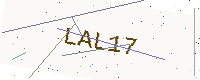
Text: LAL17